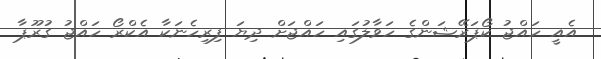
އެއީ ހައްޖު ކޯޕަރޭޝަންގެ ހަވާލުގައި ހައްޖަށް ދިޔަ ފިރިހެނަކާ އެކްރޯ ހައްޖު ގުރޫޕާ